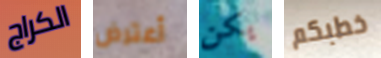
الكراج أعترض يكن خطبكم